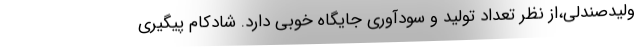
ولیدصندلی،از نظر تعداد تولید و سودآوری جایگاه خوبی دارد. شادکام پیگیری